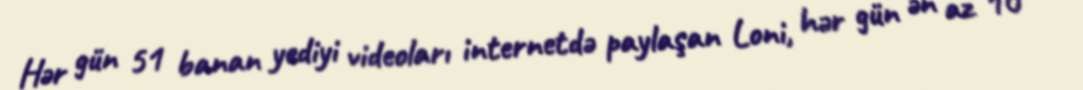
Hər gün 51 banan yediyi videoları internetdə paylaşan Loni, hər gün ən az 10